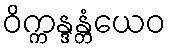
ဝိက္ကန္ဒန္တံယေဝ